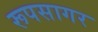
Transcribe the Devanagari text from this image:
रूपसागर